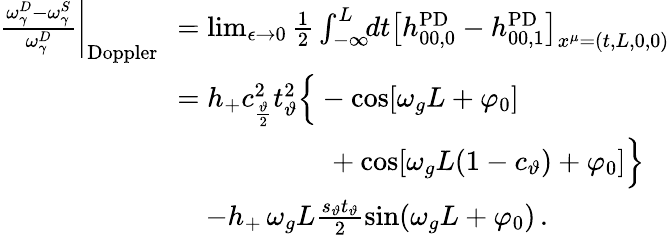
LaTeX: \begin{array}{rl}{\frac{\omega_{\gamma}^{D}-\omega_{\gamma}^{S}}{\omega_{\gamma}^{D}}\bigg|_{\mathrm{Doppler}}\! \! }&{=\operatorname*{lim}_{\epsilon\to 0}\frac{1}{2}\int_{-\infty}^{L}\! \! dt\big[h_{00,0}^{\mathrm{PD}}-h_{00,1}^{\mathrm{PD}}\big]_{x^{\mu}=(t,L,0,0)}}\\ &{=h_{+}c_{\frac{\vartheta}{2}}^{2}t_{\vartheta}^{2}\Big\{ -\cos[\omega_{g}L+\varphi_{0}]}\\ &{\qquad\qquad\quad~+\cos[\omega_{g}L(1-c_{\vartheta})+\varphi_{0}]\Big\} }\\ &{\quad-h_{+}\, \omega_{g}L\frac{s_{\vartheta}t_{\vartheta}}{2}\sin(\omega_{g}L+\varphi_{0})\, .}\end{array}